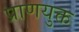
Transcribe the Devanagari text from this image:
प्राणयुक्त